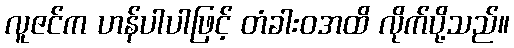
လူဇင်က ဟန်ပါပါဖြင့် တံခါးဝအထိ လိုက်ပို့သည်။